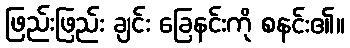
ဖြည်းဖြည်း ချင်း ခြေနင်းကို စနင်း၏။